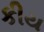
કીય